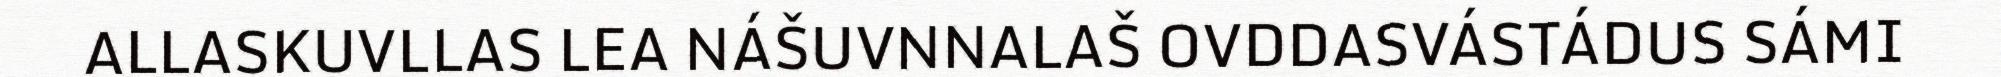
ALLASKUVLLAS LEA NÁŠUVNNALAŠ OVDDASVÁSTÁDUS SÁMI